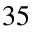
3 5